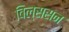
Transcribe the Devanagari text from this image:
विल्ससन